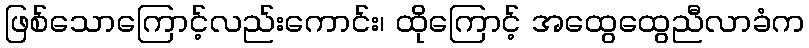
ဖြစ်သောကြောင့်လည်းကောင်း၊ ထိုကြောင့် အထွေထွေညီလာခံက